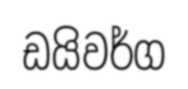
ඩයිවර්ග